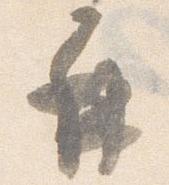
再